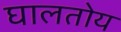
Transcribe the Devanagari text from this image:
घालतोय